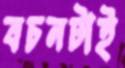
বচনটাই